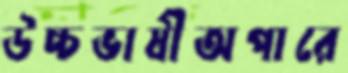
উচ্চভাষীঅপারে